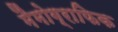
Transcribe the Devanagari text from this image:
मैमोग्राफिक